Dysentery and liver abscess in Bombay - Number 47
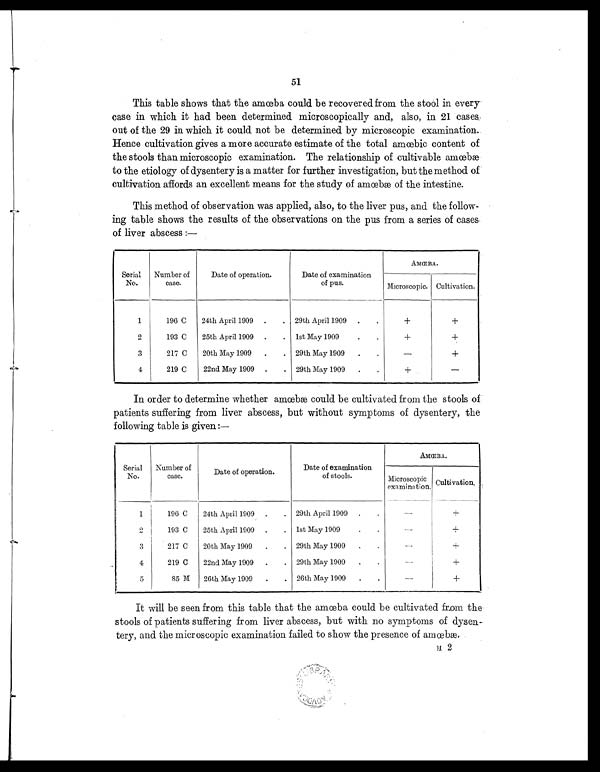
51
This table shows that the amœba could be recovered from the stool in every
case in which it had been determined microscopically and, also, in 21 cases
out of the 29 in which it could not be determined by microscopic examination.
Hence cultivation gives a more accurate estimate of the total amœbic content of
the stools than microscopic examination. The relationship of cultivable amœbæ
to the etiology of dysentery is a matter for further investigation, but the method of
cultivation affords an excellent means for the study of amœbæ of the intestine.
This method of observation was applied, also, to the liver pus, and the follow-
ing table shows the results of the observations on the pus from a series of cases
of liver abscess :—
Serial
No.
Number of
case.
Date of operation.
Date of examination
of pus.
AMŒBA.
Microscopic. Cultivation.
1
196 C
24th April 1909 .
. 29th April 1909 .
.
+
+
2
193 C
25th April 1909 .
. 1st May 1909
.
.
+
+
3
217 C
20th May 1909
.
. 29th May 1909
.
.
—
+
4
219 C
22nd May 1909 .
. 29th May 1909
.
.
+
—
In order to determine whether amœbæ could be cultivated from the stools of
patients suffering from liver abscess, but without symptoms of dysentery, the
following table is given :—
Serial
No.
Number of
case.
Date of operation.
Date of examination
of stools.
AMŒBA.
Microscopic
examination. Cultivation.
1
196 C
24th April 1909 .
. 29th April 1909 .
.
—
+
2
193 C
25th April 1909 .
. 1st May 1909
.
.
—
+
3
217 C
20th May 1909
.
. 29th May 1909
.
.
—
+
4
219 C
22nd May 1909 .
. 29th May 1909
.
.
—
+
5
85 M
26th May 1909
.
. 26th May 1909
.
.
—
+
It will be seen from this table that the amœba could be cultivated from the
stools of patients suffering from liver abscess, but with no symptoms of dysen-
tery, and the microscopic examination failed to show the presence of amœbæ.
H 2